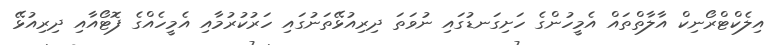
އިލެކްޓްރޯނިކް އާލާތްތައް އެމީހުންގެ ހަށިގަނޑުގައި ނުވަތަ ދިރިއުޅޭތަނުގައި ހަރުކުރުމާއި އެމީހެއްގެ ފޮޓޯއާއި ދިރިއުޅޭ